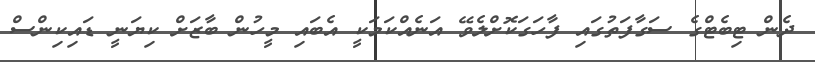
ދެން ޓިބެޓްގެ ސަގާފަތުގައި ފާހަގަކޮށްލެވޭ އަނެއްކަމަކީ އެބައި މީހުން ބާޒަށް ކިޔަނީ ޑައިކިންސް